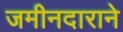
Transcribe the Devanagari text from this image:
जमीनदाराने